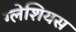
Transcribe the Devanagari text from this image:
ग्लेशियस